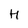
Character: H